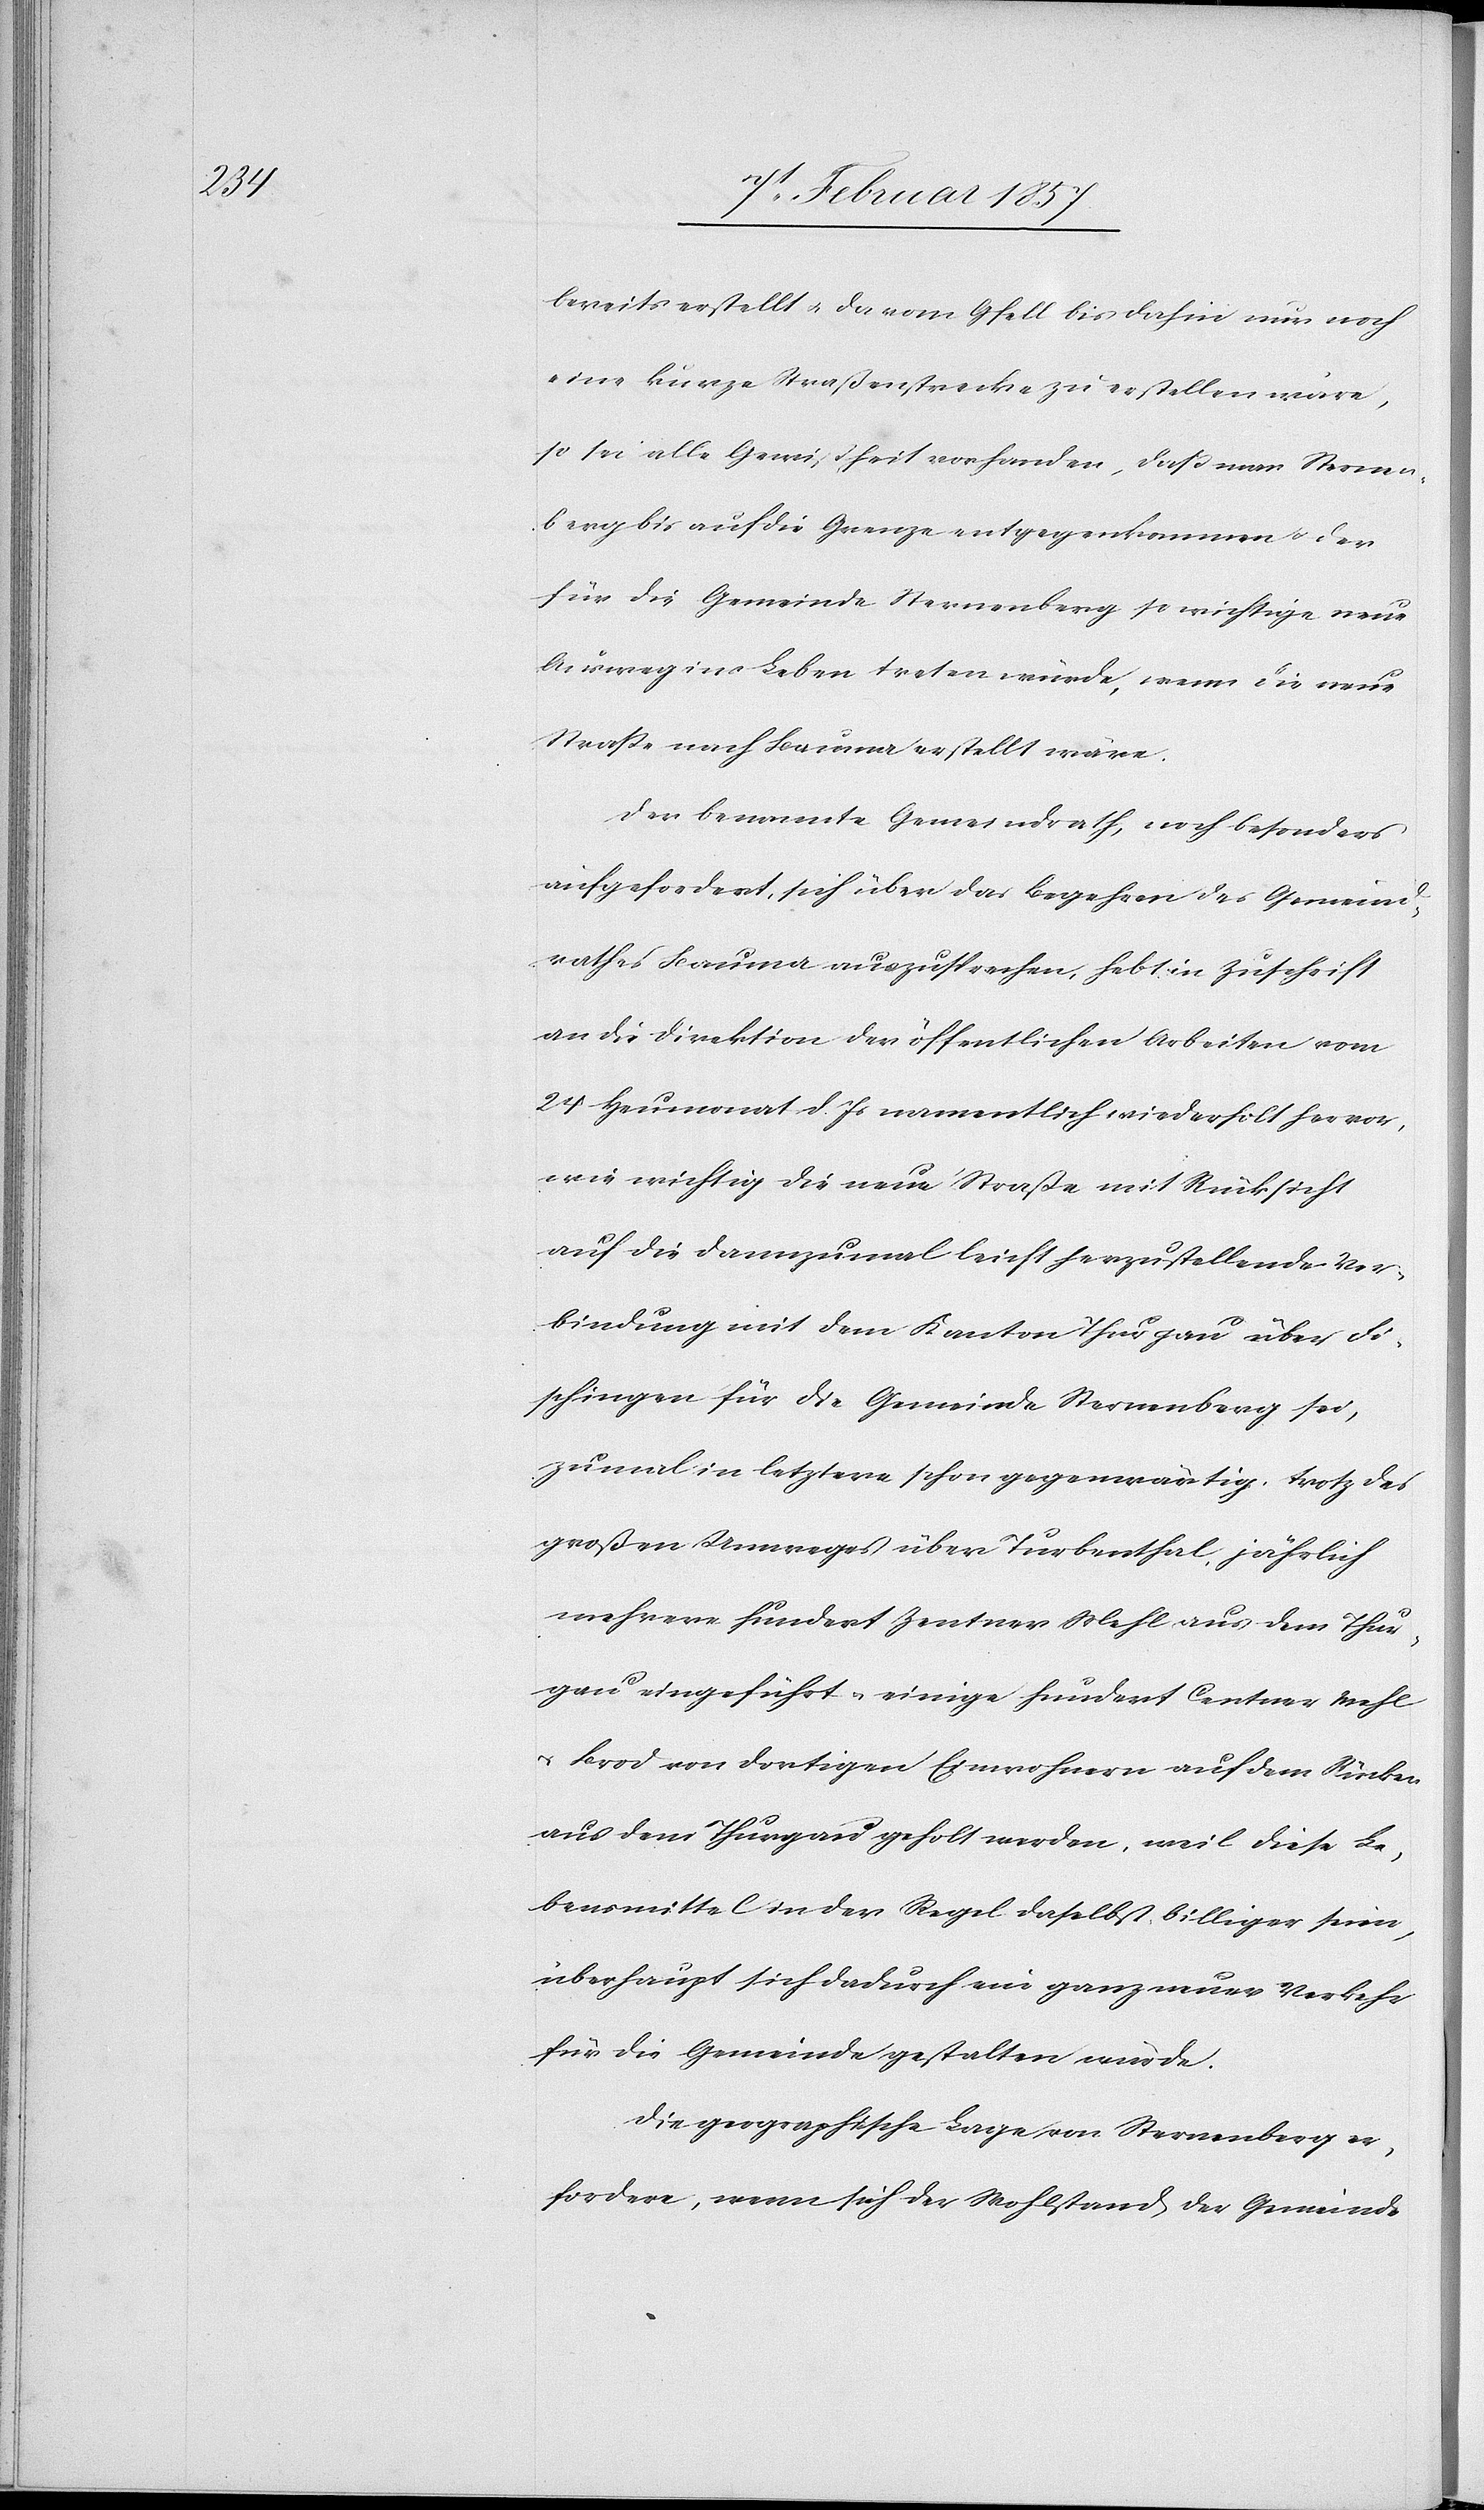
bereits erstellt u. da vom Gfell bis dahin nur noch
eine kurze Straßenstrecke zu erstellen wäre,
so sei alle Gewißheit vorhanden, daß man Sternen¬
berg bis auf die Grenze entgegenkommen u. der
für die Gemeinde Sternenberg so wichtige neue
Ausweg ins Leben treten würde, wenn die neue
Straße nach Bauma erstellt wäre.
Der benannte Gemeindrath, noch besonders
aufgefordert, sich über das Begehren des Gemeind¬
rathes Bauma auszusprechen, hebt in Zuschrift
an die Direktion der öffentlichen Arbeiten vom
24 Heumonat d. Js namentlich wiederholt hervor,
wie wichtig die neue Straße mit Rücksicht
auf die dannzumal leicht herzustellende Ver¬
bindung mit dem Kanton Thurgau über Fi¬
schingen für die Gemeinde Sternenberg sei,
zumal in letztere schon gegenwärtig, trotz des
großen Umweges über Turbenthal, jährlich
mehrere hundert Zentner Mehl aus dem Thur¬
gau eingeführt u. einige hundert Centner Mehl
u. Brod von dortigen Einwohnern auf dem Rücken
aus dem Thurgau geholt werden, weil diese Le¬
bensmittel in der Regel daselbst, billiger seien,
überhaupt sich dadurch ein ganz neuer Verkehr
für die Gemeinde gestalten würde.
Die geographische Lage von Sternenberg er¬
fordere, wenn sich der Wohlstand der Gemeinde